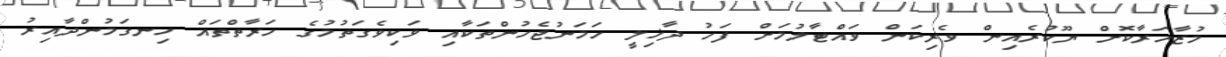
މުޒާހަރާކޮށް ޔޫކުރެއިން ވެރިކަން ވައްޓާލުމަށް ފަހު ދާޚިލީ ހަމަނުޖެހުންތަކާއި ވަކިވެގަތުމުގެ ހަރާތްތައް ހިނގަމުންދާއިރު